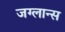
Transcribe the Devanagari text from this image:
जग्लान्स